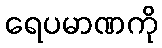
ရေပမာဏကို